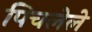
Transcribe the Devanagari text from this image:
पिचलेले